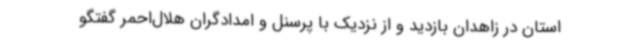
استان در زاهدان بازدید و از نزدیک با پرسنل و امدادگران هلال‌احمر گفتگو